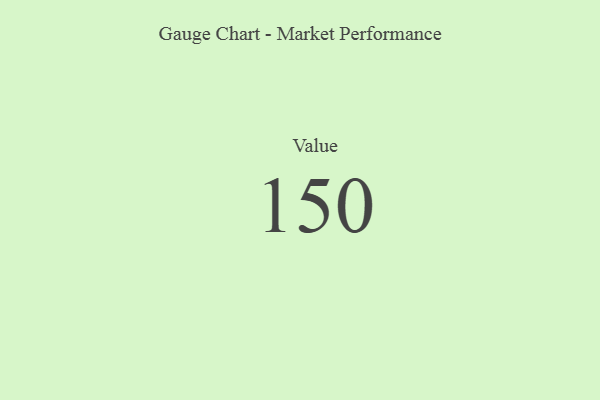
{"axis": {"x": "Metric", "y": "Value"}, "legend": [""], "data": [{"x": "Value", "y": 150, "type": ""}]}